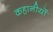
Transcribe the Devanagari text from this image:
कहानीयों